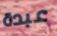
عبدة